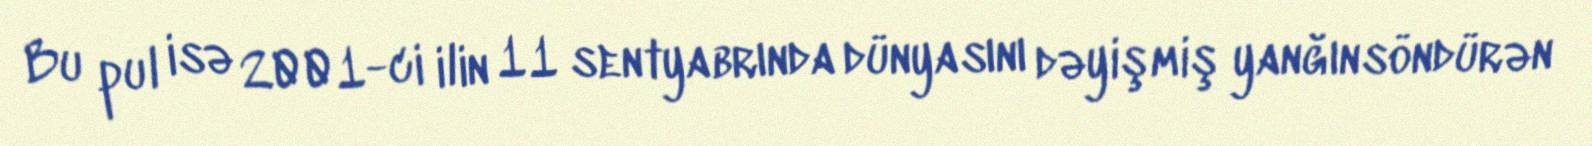
Bu pul isə 2001-ci ilin 11 sentyabrında dünyasını dəyişmiş yanğınsöndürən